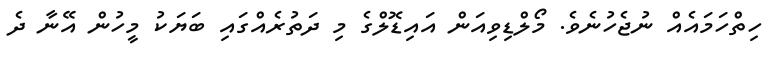
ހިތްހަމައެއް ނުޖެހުނެވެ. މޯލްޑިވިއަން އައިޑޮލްގެ މި ދަތުރެއްގައި ބަޔަކު މީހުން އޭނާ ދެ